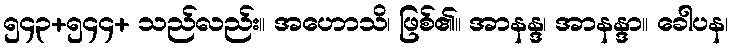
၅၄၃+၅၄၄+ သည်လည်း။ အဟောသိ၊ ဖြစ်၏။ အာနန္ဒ၊ အာနန္ဒာ။ ခေါပန၊